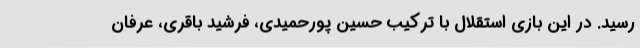
رسید. در این بازی استقلال با ترکیب حسین پورحمیدی، فرشید باقری، عرفان